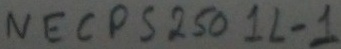
Text: NECPS250 1L